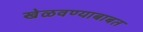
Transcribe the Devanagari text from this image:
खेळवण्याबाबत